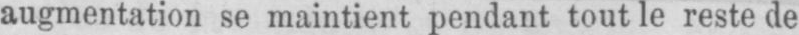
augmentation se maintient pendant tout le reste de